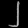
Digit: ၂